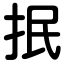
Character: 抿